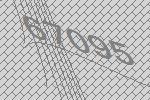
67095